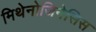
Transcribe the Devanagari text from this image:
मिथेनोजिनेसिस